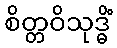
စိတ္တဝိသုဒ္ဓိံ